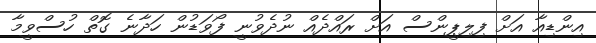
އިންޑިއާ އަށް ފިލިޕީންސް އަށް ރައްދެއް ނުދެވުނީ ފޯވަޑުން ހަދާނެ ގޮތް ހުސްވީމާ